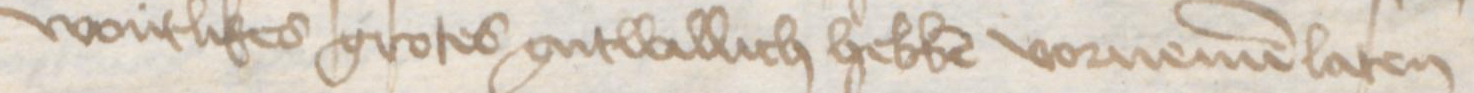
wontlikes grotes gutwillich hebben vornemen laten